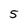
Character: 5